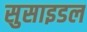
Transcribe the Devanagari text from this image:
सुसाइडल